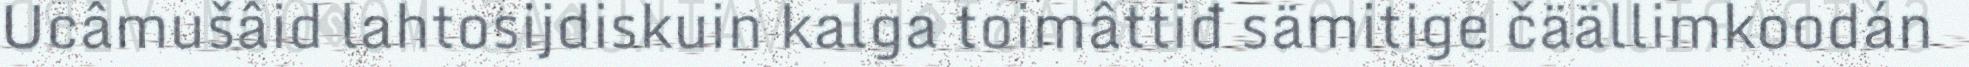
Ucâmušâid lahtosijdiskuin kalga toimâttiđ sämitige čäällimkoodán